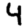
Digit: 4